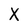
Character: X